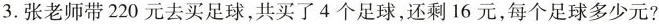
3.张老师带220元去买足球，共买了4个足球，还剩16元，每个足球多少元?